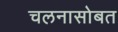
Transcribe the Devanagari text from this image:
चलनासोबत